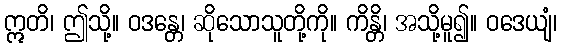
ဣတိ၊ ဤသို့။ ဝဒန္တေ၊ ဆိုသောသူတို့ကို။ ကိန္တိ၊ အသို့မူ၍။ ဝဒေယျံ၊